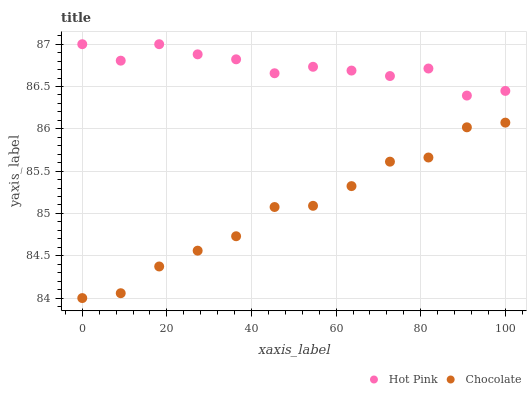
| xaxis_label | Hot Pink | Chocolate |
 | --- | --- | --- |
 | 0 | 87 | 84 |
 | 9.09 | 86.8 | 84.1 |
 | 18.2 | 87 | 84.4 |
 | 27.3 | 86.9 | 84.6 |
 | 36.4 | 86.8 | 84.7 |
 | 45.5 | 86.7 | 85.1 |
 | 54.5 | 86.7 | 85.1 |
 | 63.6 | 86.7 | 85.3 |
 | 72.7 | 86.6 | 85.6 |
 | 81.8 | 86.7 | 85.7 |
 | 90.9 | 86.4 | 86 |
 | 100 | 86.4 | 86.1 |